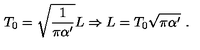
T _ { 0 } = \sqrt { \frac { 1 } { \pi \alpha ^ { \prime } } } L \Rightarrow L = T _ { 0 } \sqrt { \pi \alpha ^ { \prime } } \ .